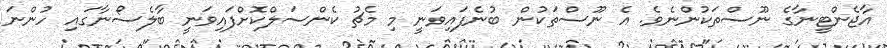
އާޖެންޓީނާގެ ނޫސްތަކުންނެވެ. އެ ނޫސްތަކުން ބުނެފައިވަނީ މި މެޗު ކެންސަލްކޮށްފައިވަނީ ބާލެސޯނާގައި ހުންނަ